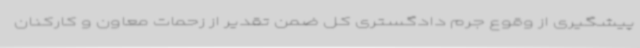
پیشگیری از وقوع جرم دادگستری کل ضمن تقدیر از زحمات معاون و کارکنان